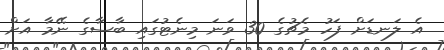
އެ ލަނޑަށް ފަހު މެޗުގެ 30 ވަނަ މިނެޓުގައި ބާސާގެ ނޭމާ އަށް